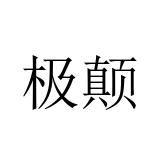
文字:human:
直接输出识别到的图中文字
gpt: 极颠